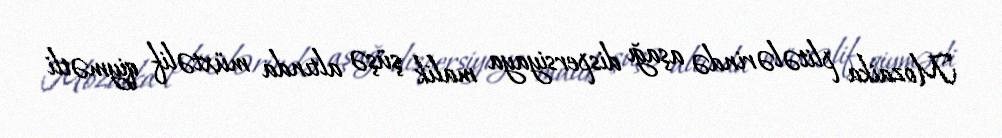
Mozaika plitələrində aşağı dispersiyaya malik şüşə altında müxtəlif qiymətli